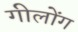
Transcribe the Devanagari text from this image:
गीलोंग